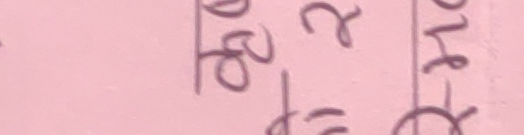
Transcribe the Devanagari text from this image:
१०८ २= १४०